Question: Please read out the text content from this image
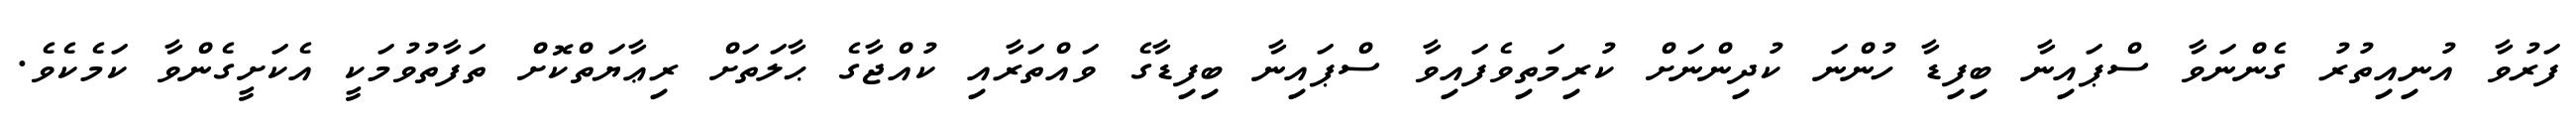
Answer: ފަރުވާ އުނިއިތުރު ގެންނަވާ ސްޕައިނާ ބިފިޑާ ހުންނަ ކުދިންނަށް ކުރިމަތިވެފައިވާ ސްޕައިނާ ބިފިޑާގެ ވައްތަރާއި ކުއްޖާގެ ޙާލަތަށް ރިޢާޔަތްކޮށް ތަފާތުވުމަކީ އެކަށީގެންވާ ކަމެކެވެ.